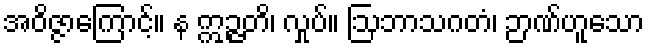
အဝိဇ္ဇာကြောင့်။ န ဣဉ္ဇတိ၊ လှုပ်။ ဩဘာသဂတံ၊ ဉာဏ်ဟူသော